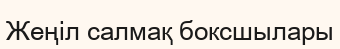
Жеңіл салмақ боксшылары